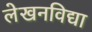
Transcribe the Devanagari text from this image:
लेखनविद्या